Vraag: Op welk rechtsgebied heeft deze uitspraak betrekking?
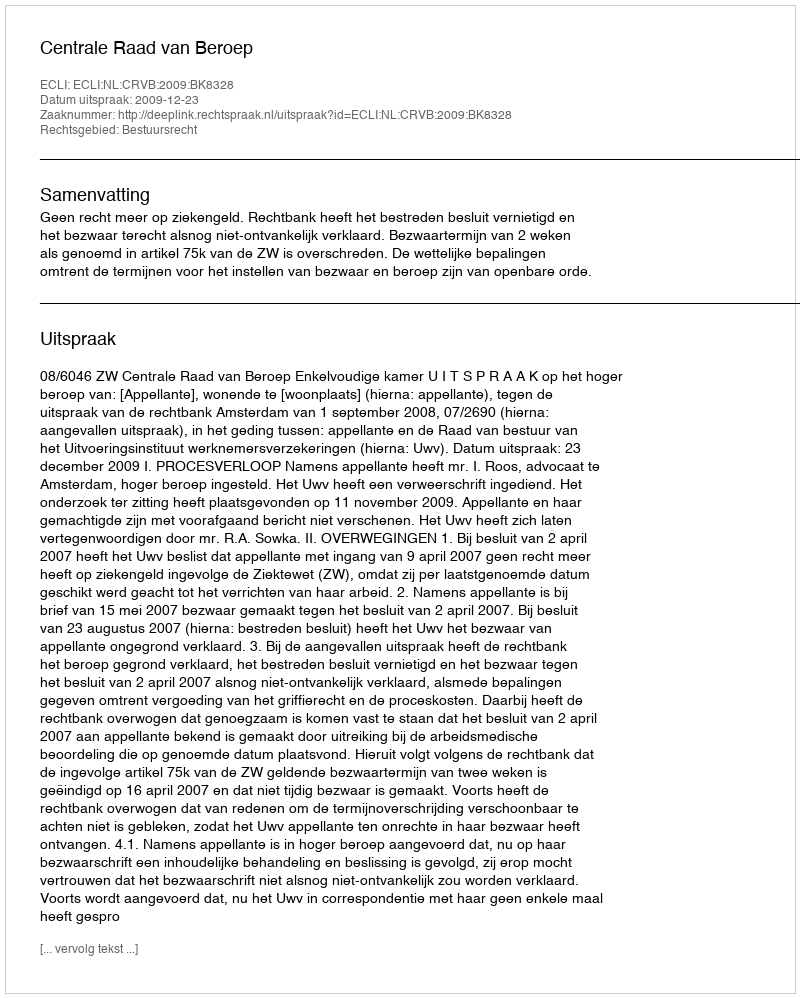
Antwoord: Bestuursrecht